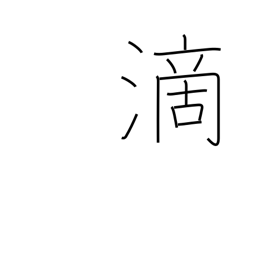
Meaning: drip